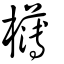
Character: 欂